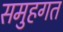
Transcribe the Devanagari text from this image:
समुहगत